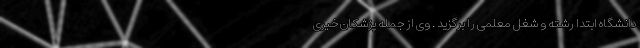
دانشگاه ابتدا رشته و شغل معلمی را برگزید . وی از جمله پزشکان خیری